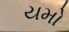
યમો